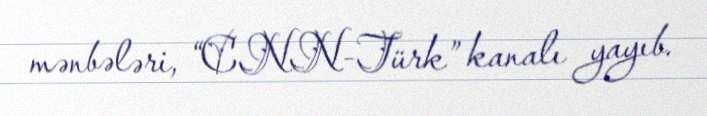
mənbələri, “CNN-Türk” kanalı yayıb.